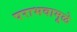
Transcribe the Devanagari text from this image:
पराभवामूळे